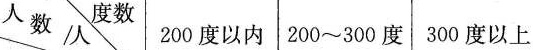
人数/人度数200度以内 200~300度 300度以上